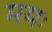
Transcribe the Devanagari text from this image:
मयः